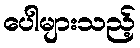
ပေါများသည့်